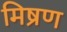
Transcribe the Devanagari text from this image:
मिष्रण